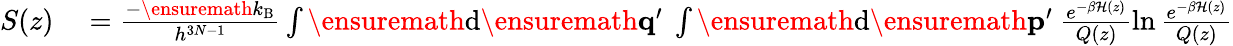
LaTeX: \begin{array}{rl}{S(z)}&{{}=\frac{-\ensuremath{k_{\mathrm{B}}}}{h^{3N-1}}\int\ensuremath{\mathrm{d}}\ensuremath{\mathbf{q}}^{\prime}\ \int\ensuremath{\mathrm{d}}\ensuremath{\mathbf{p}}^{\prime}\ \frac{e^{-\beta\mathcal{H}(z)}}{Q(z)}\ln\frac{e^{-\beta\mathcal{H}(z)}}{Q(z)}}\end{array}